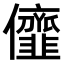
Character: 𠑠